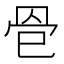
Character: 𦊦